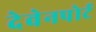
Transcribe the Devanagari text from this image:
देवेनपोर्ट